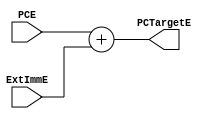
`timescale 1ns/1ns
module PCTarget_adder(input[31:0]PCE,ExtImmE,output[31:0]PCTargetE);
    assign PCTargetE = PCE + ExtImmE;
endmodule